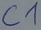
Text: C1